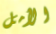
الأمل